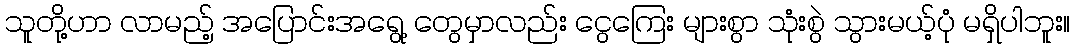
သူတို့ဟာ လာမည့် အပြောင်းအရွေ့ တွေမှာလည်း ငွေကြေး များစွာ သုံးစွဲ သွားမယ့်ပုံ မရှိပါဘူး။